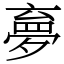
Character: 夣